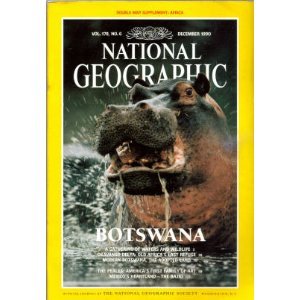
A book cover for National Geographic Magazine December 1990 (BOTSWANA, Vol. 178 No. 6); Travel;